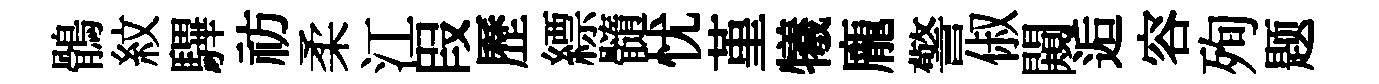
鶻紋驆祊柔江叚歷縹髓忧堇犧龐警俶闚逅容殉题